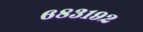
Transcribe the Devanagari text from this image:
६८३१९२